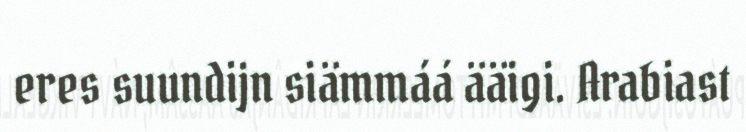
eres suundijn siämmáá ääigi. Arabiast